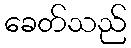
ခေတ်သည်